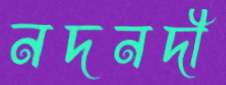
নদনদী